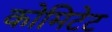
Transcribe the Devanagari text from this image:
कोमिटेट